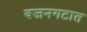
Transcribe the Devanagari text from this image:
वजनगटात